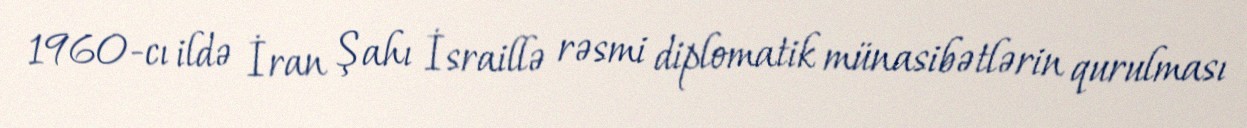
1960-cı ildə İran Şahı İsraillə rəsmi diplomatik münasibətlərin qurulması